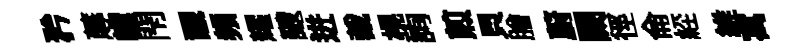
矜蓐轘閇覼頻耀颼迸裁榥詢煎貝膾蔚闕徑侖𦀇維寓